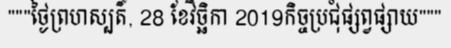
"""ថ្ងៃព្រហស្បតិ៍, 28 ខែវិច្ឆិកា 2019កិច្ចប្រជុំផ្សព្វផ្សាយ"""